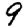
Digit: 9